Report on the working of the Ranchi Indian Mental Hospital, Kanke, in Bihar and Orissa - 1930-1940
Year: 1930
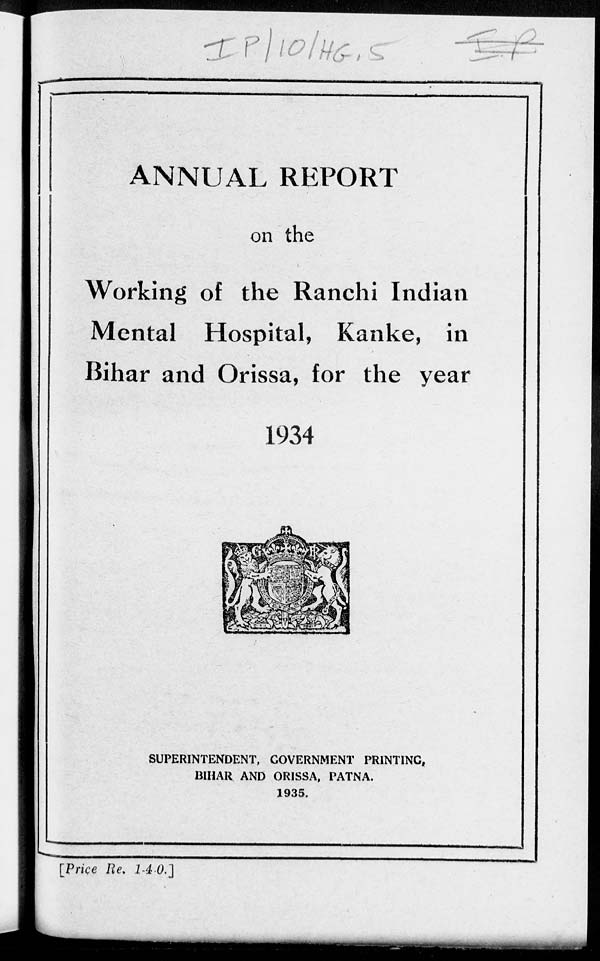
ANNUAL REPORT
on the
Working of the Ranchi Indian
Mental Hospital, Kanke, in
Bihar and Orissa, for the year
1934
SUPERINTENDENT, GOVERNMENT PRINTING,
BIHAR AND ORISSA, PATNA.
1935.
[Price Re. 1-4-0.]